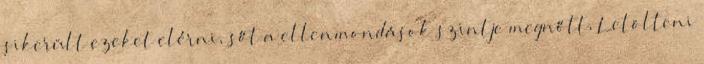
sikerült ezeket elérni, sőt a ellenmondások szintje megnőtt, Letölteni